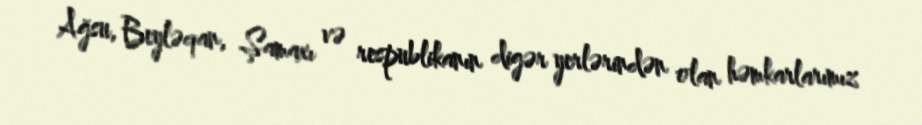
Ağsu, Beyləqan, Şamaxı və respublikanın digər yerlərindən olan həmkarlarımız